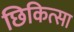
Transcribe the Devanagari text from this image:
छिकित्सा